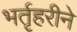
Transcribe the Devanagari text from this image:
भर्तृहरीने